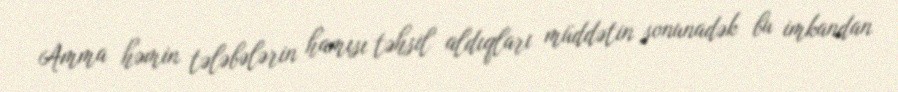
Amma həmin tələbələrin hamısı təhsil aldıqları müddətin sonunadək bu imkandan